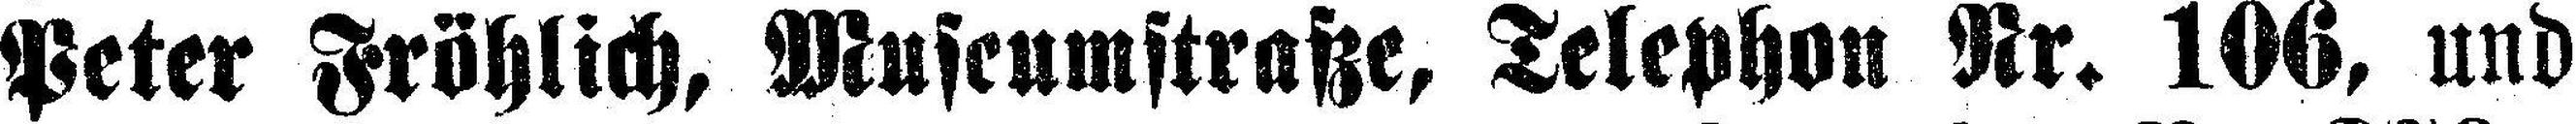
Peter Fröhlich, Museumstraße, Telephon Nr. 106, und